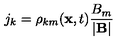
j _ { k } = \rho _ { k m } ( { \bf x } , t ) \frac { B _ { m } } { | { \bf B } | }